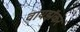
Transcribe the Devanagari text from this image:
वायझॅकर